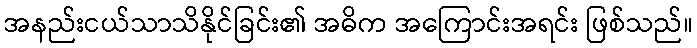
အနည်းငယ်သာသိနိုင်ခြင်း၏ အဓိက အကြောင်းအရင်း ဖြစ်သည်။